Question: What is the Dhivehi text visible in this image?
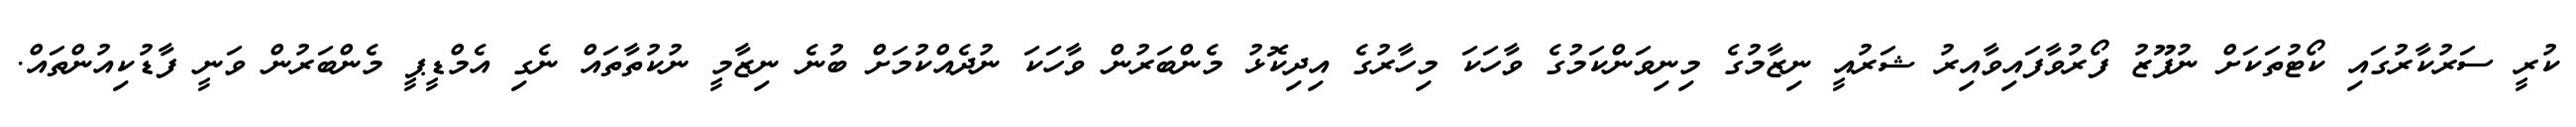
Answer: ކުރީ ސަރުކާރުގައި ކޯޓުތަކަށް ނުފޫޒު ފޯރުވާފައިވާއިރު ޝަރުއީ ނިޒާމުގެ މިނިވަންކަމުގެ ވާހަކަ މިހާރުގެ އިދިކޮޅު މެންބަރުން ވާހަކަ ނުދެއްކުމަށް ބުނެ ނިޒާމީ ނުކުތާތައް ނެގި އެމްޑީޕީ މެންބަރުން ވަނީ ފާޑުކިއުންތައް.